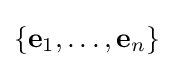
\{\mathbf {e} _{1},\ldots ,\mathbf {e} _{n}\}